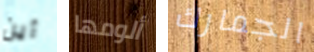
أين ألومها الجمارك